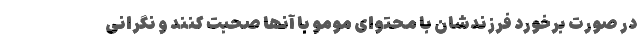
در صورت برخورد فرزندشان با محتوای مومو با آنھا صحبت کنند و نگرانی